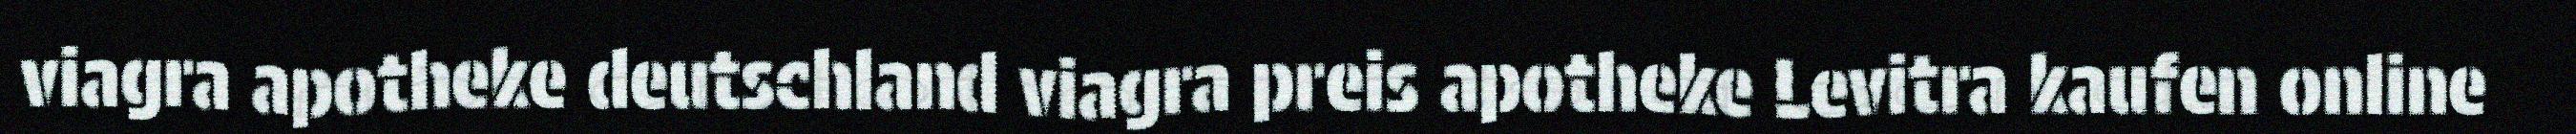
viagra apotheke deutschland viagra preis apotheke Levitra kaufen online